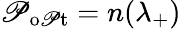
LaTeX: \mathscr{P}_{\mathrm{{o\mathscr{P}t}}}=n(\lambda_{+})